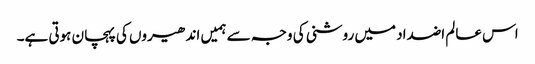
اس عالم اضداد میں روشنی کی وجہ سے ہمیں اندھیروں کی پہچان ہوتی ہے۔